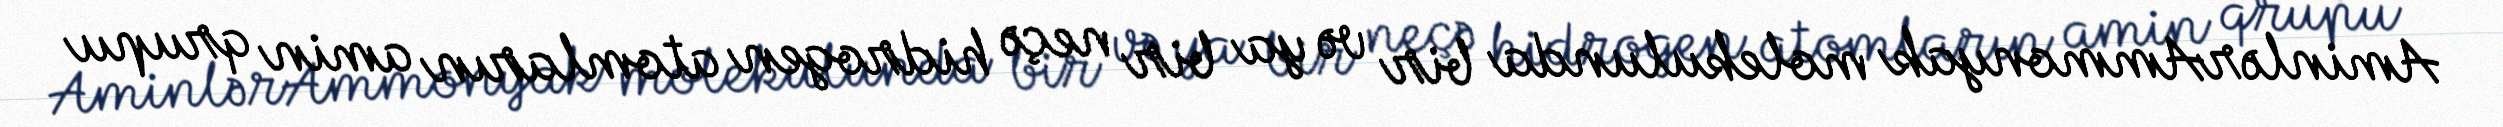
AminlərAmmonyak molekulunda bir və ya bir neçə hidrogen atomların amin qrupu